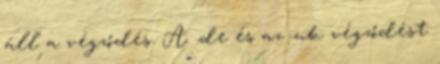
áll a végződés. A .de és az .uk végződést